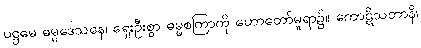
ပဋ္ဌမေ ဓမ္မဒေသနေ၊ ရှေးဦးစွာ ဓမ္မစကြာကို ဟောတော်မူရာ၌။ ကောဋိသတာနိ၊